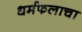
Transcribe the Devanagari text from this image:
धर्मफलाचा